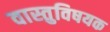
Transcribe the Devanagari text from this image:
वास्तुविषयक